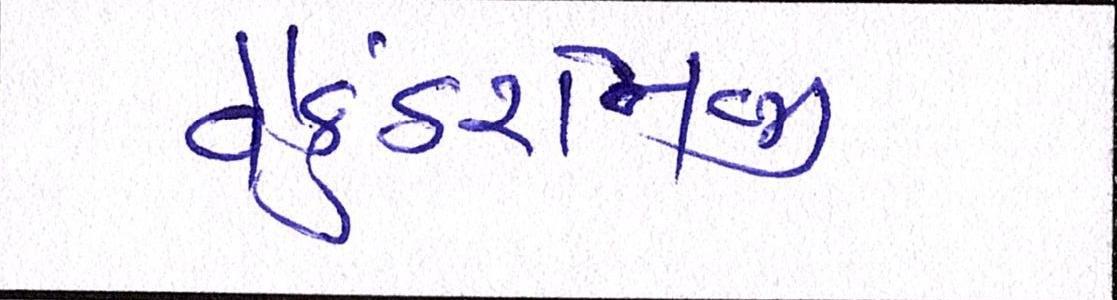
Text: વૈકુંઠરામજી